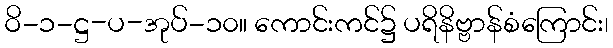
ဝိ-၁-ဋ္ဌ-ပ-အုပ်-၁၀။ ကောင်းကင်၌ ပရိနိဗ္ဗာန်စံကြောင်း၊